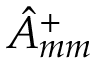
\hat { A } _ { m m } ^ { + }